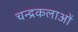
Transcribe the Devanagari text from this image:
चन्द्रकलाओं